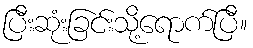
ပြီးဆုံးခြင်းသို့ရောက်ပြီ။